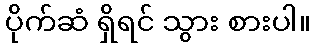
ပိုက်ဆံ ရှိရင် သွား စားပါ။